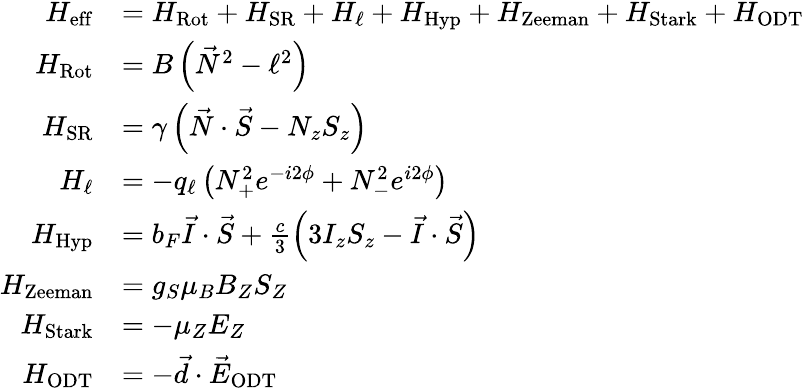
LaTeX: \begin{array}{rl}{H_{\mathrm{eff}}}&{=H_{\mathrm{Rot}}+H_{\mathrm{SR}}+H_{\ell}+H_{\mathrm{Hyp}}+H_{\mathrm{Zeeman}}+H_{\mathrm{Stark}}+H_{\mathrm{ODT}}}\\ {H_{\mathrm{Rot}}}&{=B\left(\vec{N}^{2}-\ell^{2}\right)}\\ {H_{\mathrm{SR}}}&{=\gamma\left(\vec{N}\cdot\vec{S}-N_{z}S_{z}\right)}\\ {H_{\ell}}&{=-q_{\ell}\left(N_{+}^{2}e^{-i2\phi}+N_{-}^{2}e^{i2\phi}\right)}\\ {H_{\mathrm{Hyp}}}&{=b_{F}\vec{I}\cdot\vec{S}+\frac{c}{3}\left(3I_{z}S_{z}-\vec{I}\cdot\vec{S}\right)}\\ {H_{\mathrm{Zeeman}}}&{=g_{S}\mu_{B}B_{Z}S_{Z}}\\ {H_{\mathrm{Stark}}}&{=-\mu_{Z}E_{Z}}\\ {H_{\mathrm{ODT}}}&{=-\vec{d}\cdot\vec{E}_{\mathrm{ODT}}}\end{array}